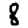
Digit: 8